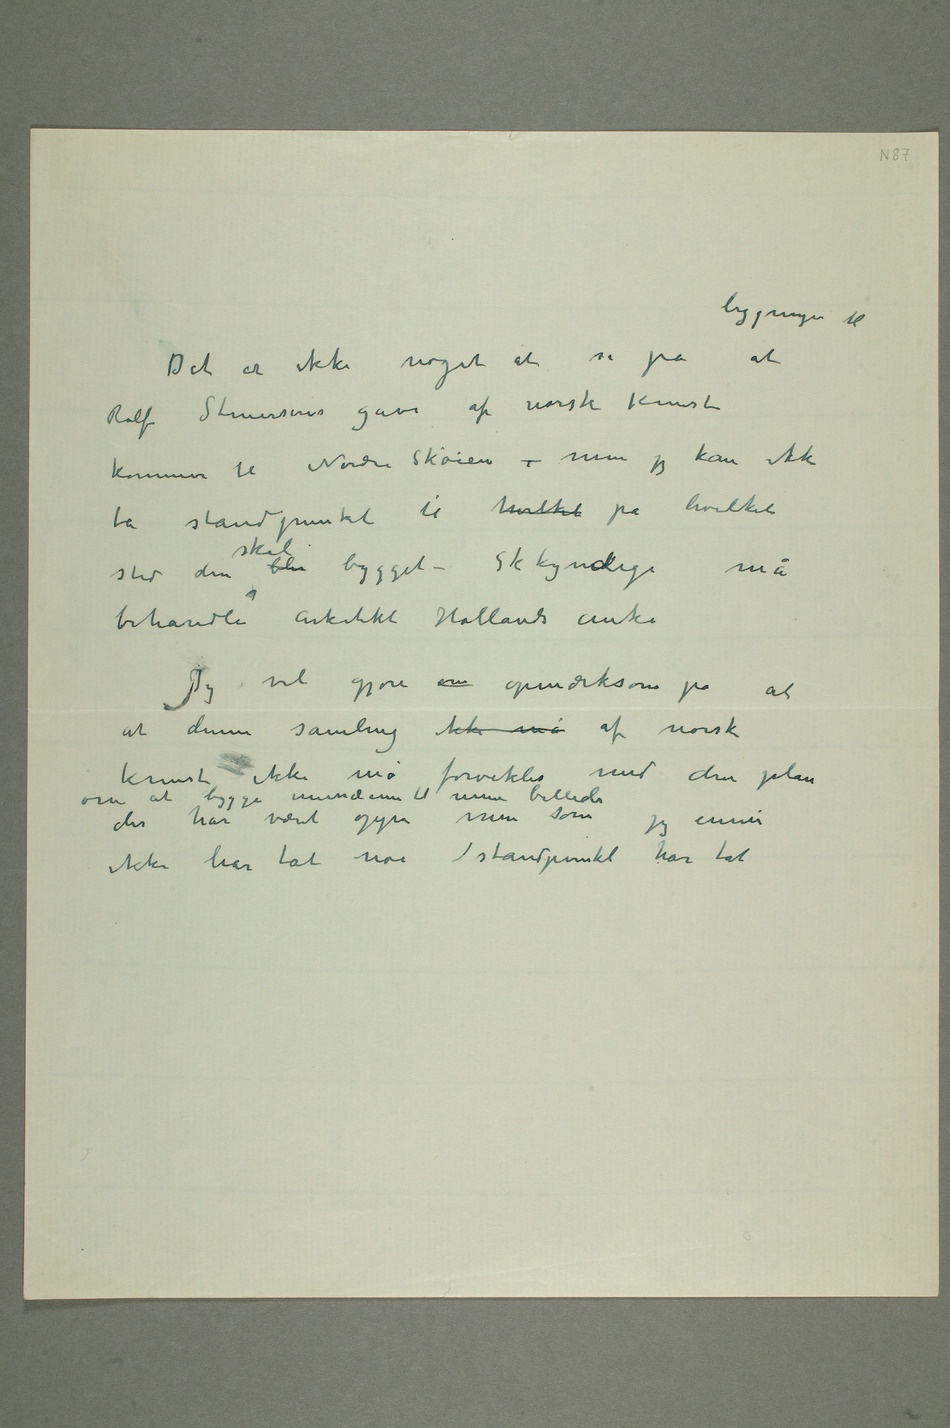
Det er ikke noget at si på at
Rolf Stenersens gave af norsk kunst
kommer til Nordre Skøien – men jeg kan ikke
ta standpunkt til hvilket på hvilket
sted den skal blir bygget – Skkyndige må
behandle arkitekt Hollands anke
at denne samling ikke må af norsk
kunst ikke må forveksles med den plan
om at bygge mussæum til mine billeder
der har været oppe men som jeg ennu
ikke har tat noe standpunkt har tat